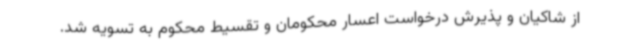
از شاکیان و پذیرش درخواست اعسار محکومان و تقسیط محکوم به تسویه شد.